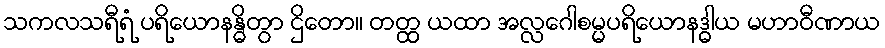
သကလသရီရံ ပရိယောနန္ဓိတွာ ဌိတော။ တတ္ထ ယထာ အလ္လဂေါစမ္မပရိယောနဒ္ဓါယ မဟာဝီဏာယ